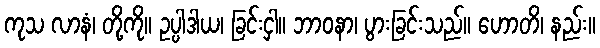
ကုသ လာနံ၊ တို့ကို။ ဥပ္ပါဒါယ၊ ခြင်းငှါ။ ဘာဝနာ၊ ပွားခြင်းသည်။ ဟောတိ၊ နည်း။